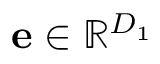
\mathbf { e } \in \mathbb { R } ^ { D _ { 1 } }